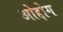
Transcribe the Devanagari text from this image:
ओद्दोग